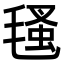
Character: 㲧